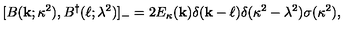
[ B ( { \bf k } ; \kappa ^ { 2 } ) , B ^ { \dagger } ( { \bf \ell } ; \lambda ^ { 2 } ) ] _ { - } = 2 E _ { \kappa } ( { \bf k } ) \delta ( { \bf k } - { \bf \ell } ) \delta ( \kappa ^ { 2 } - \lambda ^ { 2 } ) \sigma ( \kappa ^ { 2 } ) ,